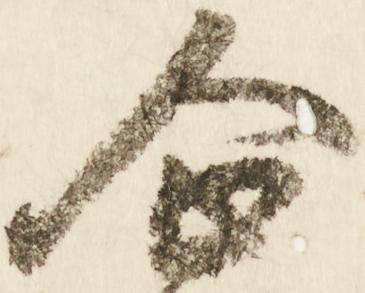
企